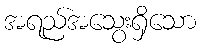
အရည်အသွေးရှိသော